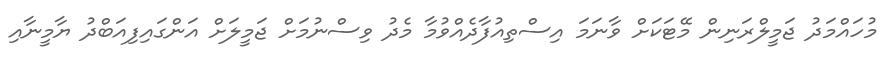
މުހައްމަދު ޖަމީލްރަނިން މޭޓަކަށް ވާނަމަ އިސްތިއުފާދެއްވުމާ މެދު ވިސްނުމަށް ޖަމީލަށް އަންގައިފިއަބްދު ޔާމީނާއި